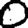
Digit: 0